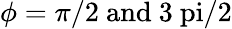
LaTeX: \phi=\pi/2\ \mathrm{{and}\ 3\ pi/2}